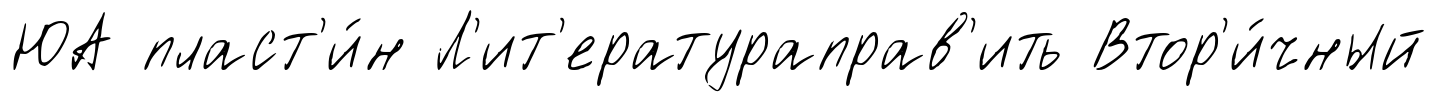
ЮА пласт'и́н Л'ит'ератураправ'ить Втор'и́чный